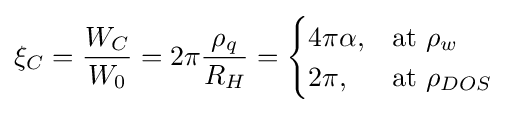
\xi _{C}={\frac {W_{C}}{W_{0}}}=2\pi {\frac {\rho _{q}}{R_{H}}}={\begin{cases}4\pi \alpha ,&{\mbox{at }}\rho _{w}\\2\pi ,&{\mbox{at }}\rho _{DOS}\end{cases}}